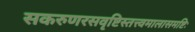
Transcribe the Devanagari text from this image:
सकरुणरसवृष्टिस्तत्त्वमालासमष्टिः